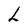
Character: L